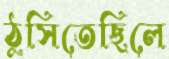
ঠুসিতেছিলে